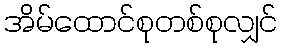
အိမ်ထောင်စုတစ်စုလျှင်